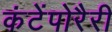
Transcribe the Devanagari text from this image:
कंटेंपोरैरी